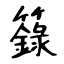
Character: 籙